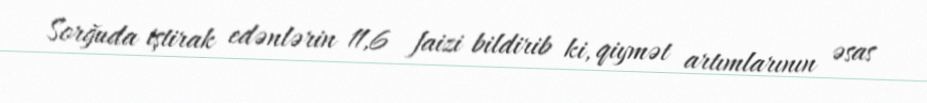
Sorğuda iştirak edənlərin 11,6 faizi bildirib ki, qiymət artımlarının əsas